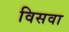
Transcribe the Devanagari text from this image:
विसवा